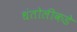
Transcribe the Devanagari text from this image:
धंतोलीकडे